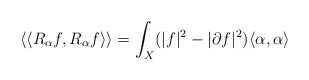
\begin{align*} \langle \langle R_{\alpha} f,R_{\alpha} f\rangle\rangle =\int_{X} (\vert f \vert^{2} - \vert \partial f \vert^{2}) \langle \alpha, \alpha \rangle \end{align*}